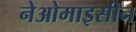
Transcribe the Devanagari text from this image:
नेओमाइसीन